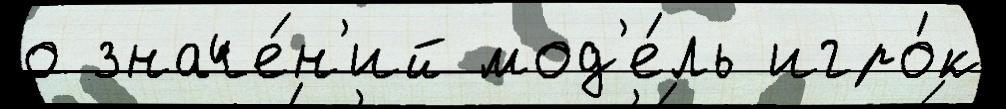
о значе́н'ий мод'е́ль игро́к